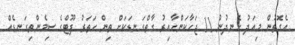
އެގޮތުން މިއަދު ހެނދުނު 11 ޖަހާކަންހާއިރު ގާތްގަނޑަކަށް ތިން ހަތަރު ފޫޓްގެ ސިމެންތިގަނޑެއް